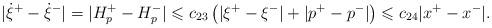
LaTeX: \begin{align*}|\dot\xi^+-\dot\xi^-|=|H_p^+-H_p^-|\leqslant c_{23}\left(|\xi^+-\xi^-|+|p^+-p^-|\right)\leqslant c_{24}|x^+-x^-|.\end{align*}